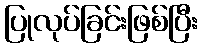
ပြုလုပ်ခြင်းဖြစ်ပြီး